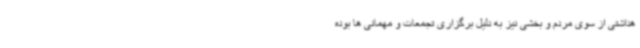
هداشتی از سوی مردم و بخشی نیز به دلیل برگزاری تجمعات و مهمانی ها بوده